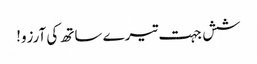
شش جہت تیرے ساتھ کی آرزو!